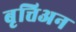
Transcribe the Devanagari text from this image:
बृत्तिअन